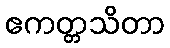
ဧကတ္တသိတာ